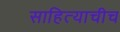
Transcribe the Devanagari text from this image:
साहित्याचीच